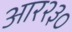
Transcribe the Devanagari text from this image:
आर२३०